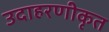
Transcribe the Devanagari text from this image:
उदाहरणीकृत